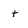
Character: t